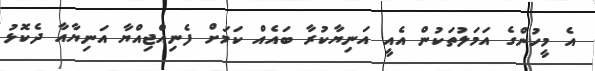
އެ މީހުންގެ އަމަލުތަކުން އެއީ އަނިޔާކުރާ ބައެއް ކަމަށް ފެނިއްޖިއްޔާ އަނިޔާއާ ދެކޮޅު